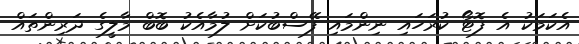
އެކަމަކު އެ ފޮޓޯ ކުރަހައި ނިންމައި ފޭސްބުކަށް ލުމާއެކު ބޮބް މާލީގެ ދަރިންތައް